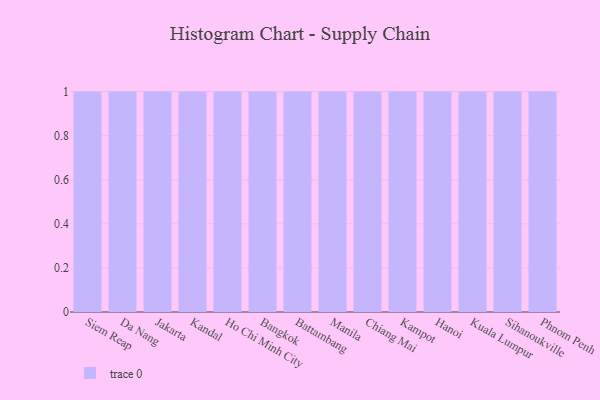
{"axis": {"x": "City", "y": "Page Views"}, "legend": [""], "data": [{"x": "Siem Reap", "y": 20, "type": ""}, {"x": "Da Nang", "y": 18, "type": ""}, {"x": "Jakarta", "y": 20, "type": ""}, {"x": "Kandal", "y": 34, "type": ""}, {"x": "Ho Chi Minh City", "y": 17, "type": ""}, {"x": "Bangkok", "y": 6, "type": ""}, {"x": "Battambang", "y": 48, "type": ""}, {"x": "Manila", "y": 55, "type": ""}, {"x": "Chiang Mai", "y": 79, "type": ""}, {"x": "Kampot", "y": 12, "type": ""}, {"x": "Hanoi", "y": 100, "type": ""}, {"x": "Kuala Lumpur", "y": 92, "type": ""}, {"x": "Sihanoukville", "y": 63, "type": ""}, {"x": "Phnom Penh", "y": 96, "type": ""}]}